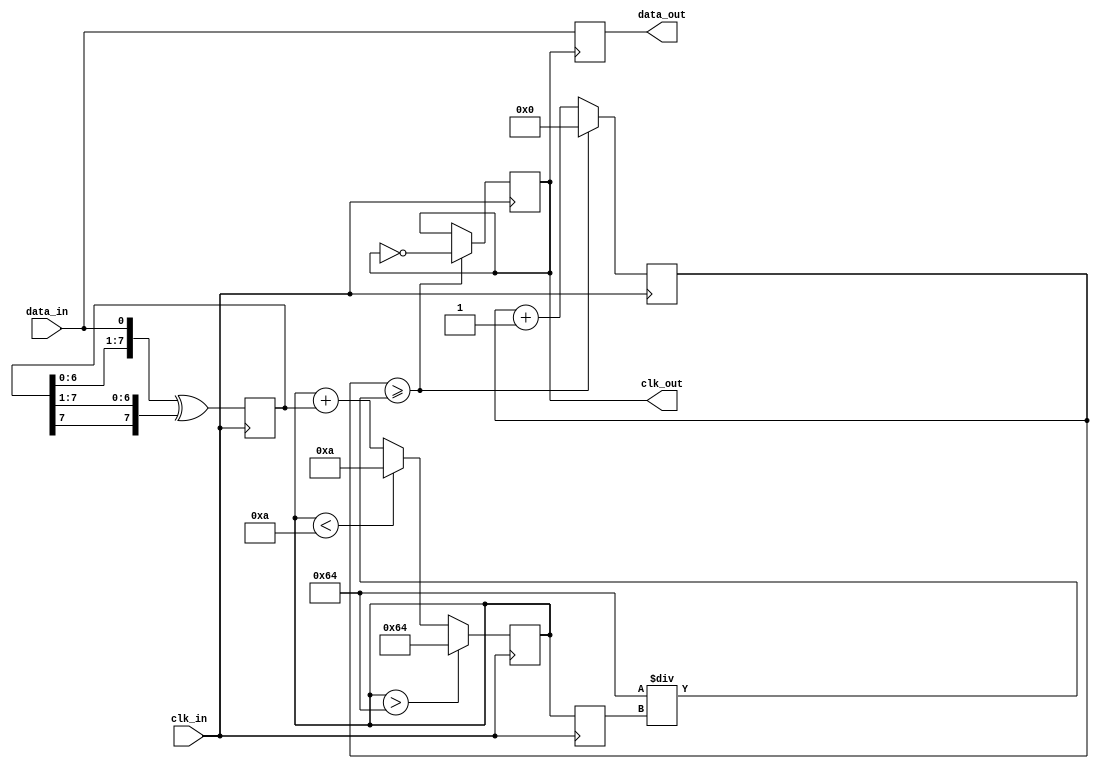
module pll_synchronizer (
    input wire clk_in,          // Incoming clock signal
    input wire data_in,         // Incoming asynchronous data signal
    output reg clk_out,         // Synchronized output clock
    output reg data_out         // Synchronized output data
);

// Parameters
parameter integer VCO_MAX_FREQ = 100; // Maximum VCO frequency
parameter integer VCO_MIN_FREQ = 10;   // Minimum VCO frequency
parameter integer LOCK_TIME = 100;      // Lock time in clock cycles

// Internal signals
reg [7:0] phase_error;                // Phase error signal from PD
reg [7:0] loop_filter_output;          // Output of the loop filter
reg [7:0] vco_frequency;               // Current frequency of the VCO
reg [7:0] vco_counter;                 // Counter for VCO output
reg [7:0] lock_counter;                // Counter for lock time
reg vco_locked;                        // VCO locked status

// Phase Detector (PD)
always @(posedge clk_in) begin
    // Simple PD using D flip-flop
    phase_error <= {phase_error[6:0], data_in} ^ {phase_error[7], phase_error[7:1]};
end

// Loop Filter (LF)
always @(posedge clk_in) begin
    // Simple first-order loop filter
    loop_filter_output <= loop_filter_output + phase_error;
    
    // Limit the loop filter output to VCO frequency range
    if (loop_filter_output > VCO_MAX_FREQ) begin
        loop_filter_output <= VCO_MAX_FREQ;
    end else if (loop_filter_output < VCO_MIN_FREQ) begin
        loop_filter_output <= VCO_MIN_FREQ;
    end
end

// Voltage-Controlled Oscillator (VCO)
always @(posedge clk_in) begin
    // Update VCO frequency based on loop filter output
    vco_frequency <= loop_filter_output;
    
    // VCO counter to generate clock output
    if (vco_counter >= (100 / vco_frequency)) begin
        clk_out <= ~clk_out; // Toggle output clock
        vco_counter <= 0;     // Reset counter
    end else begin
        vco_counter <= vco_counter + 1;
    end
end

// Lock detection
always @(posedge clk_in) begin
    if (vco_locked) begin
        lock_counter <= 0; // Reset lock counter
    end else begin
        lock_counter <= lock_counter + 1;
        if (lock_counter >= LOCK_TIME) begin
            vco_locked <= 1; // Lock achieved
        end
    end
end

// Data Synchronization
always @(posedge clk_out) begin
    data_out <= data_in; // Sample incoming data on the output clock
end

endmodule